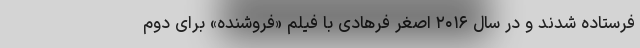
فرستاده شدند و در سال ۲۰۱۶ اصغر فرهادی با فیلم «فروشنده» برای دوم